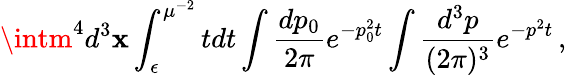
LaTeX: \intm^{4}d^{3}\mathbf{x}\int_{\epsilon}^{\mu^{-2}}tdt\int\frac{{dp_{0}}}{{2\pi}}e^{-p_{0}^{2}t}\int\frac{{d^{3}p}}{{(2\pi)^{3}}}e^{-p^{2}t}\, ,